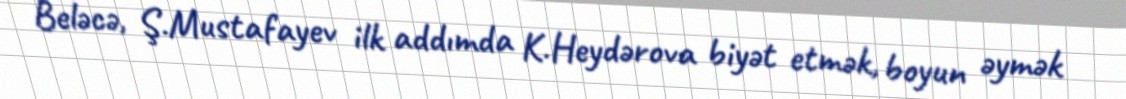
Beləcə, Ş.Mustafayev ilk addımda K.Heydərova biyət etmək, boyun əymək